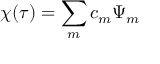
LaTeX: \chi ( \tau ) = \sum _ { m } c _ { m } \Psi _ { m }